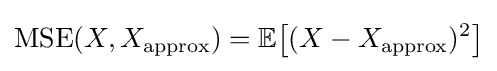
\operatorname {MSE} (X,X_{\text{approx}})=\mathbb {E} \!\left[(X-X_{\text{approx}})^{2}\right]